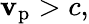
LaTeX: \mathbf{v}_{\mathrm{{p}}}>c,